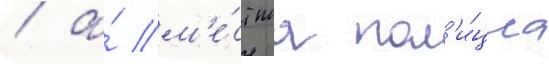
/ а́ м'е́стнаа пол'и́циа